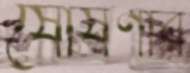
ষোষণার